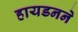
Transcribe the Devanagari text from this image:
हायडनने